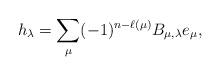
LaTeX: \begin{align*}h_\lambda = \sum_\mu (-1)^{n-\ell(\mu)} B_{\mu,\lambda} e_\mu,\end{align*}